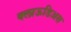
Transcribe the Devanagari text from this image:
क्लाऊडिअस